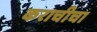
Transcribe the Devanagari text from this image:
कराचीचा